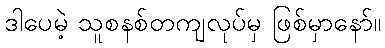
ဒါပေမဲ့ သူစနစ်တကျလုပ်မှ ဖြစ်မှာနော်။